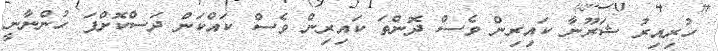
ހުރިއިރު ޝަރޫނާ ކައިރިން ވެސް ދޮންތަ ކައިރިން ވެސް ކައްކަން ދަސްކޮށްފަ ހުންނާނީ